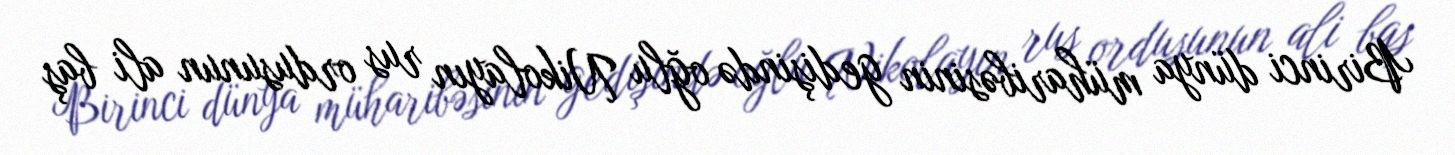
Birinci dünya müharibəsinin gedişində oğlu Nikolayın rus ordusunun ali baş